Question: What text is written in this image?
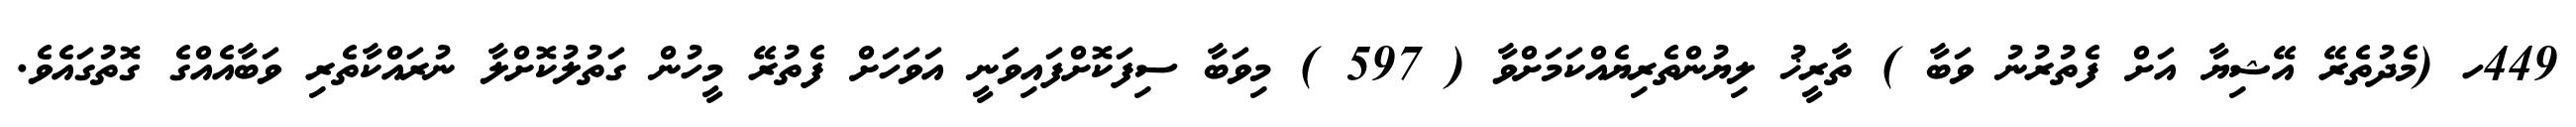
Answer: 449ހ (މެދުތެރޭ އޭޝިޔާ އަށް ފެތުރުނު ވަބާ ) ތާރީޚު ލިޔުންތެރިޔެއްކަމަށްވާ ( 597 ) މިވަބާ ސިފަކޮށްފައިވަނީ އަވަހަށް ފެތުރޭ މީހުން ގަތުލުކޮށްލާ ނުރައްކާތެރި ވަބާއެއްގެ ގޮތުގައެވެ.